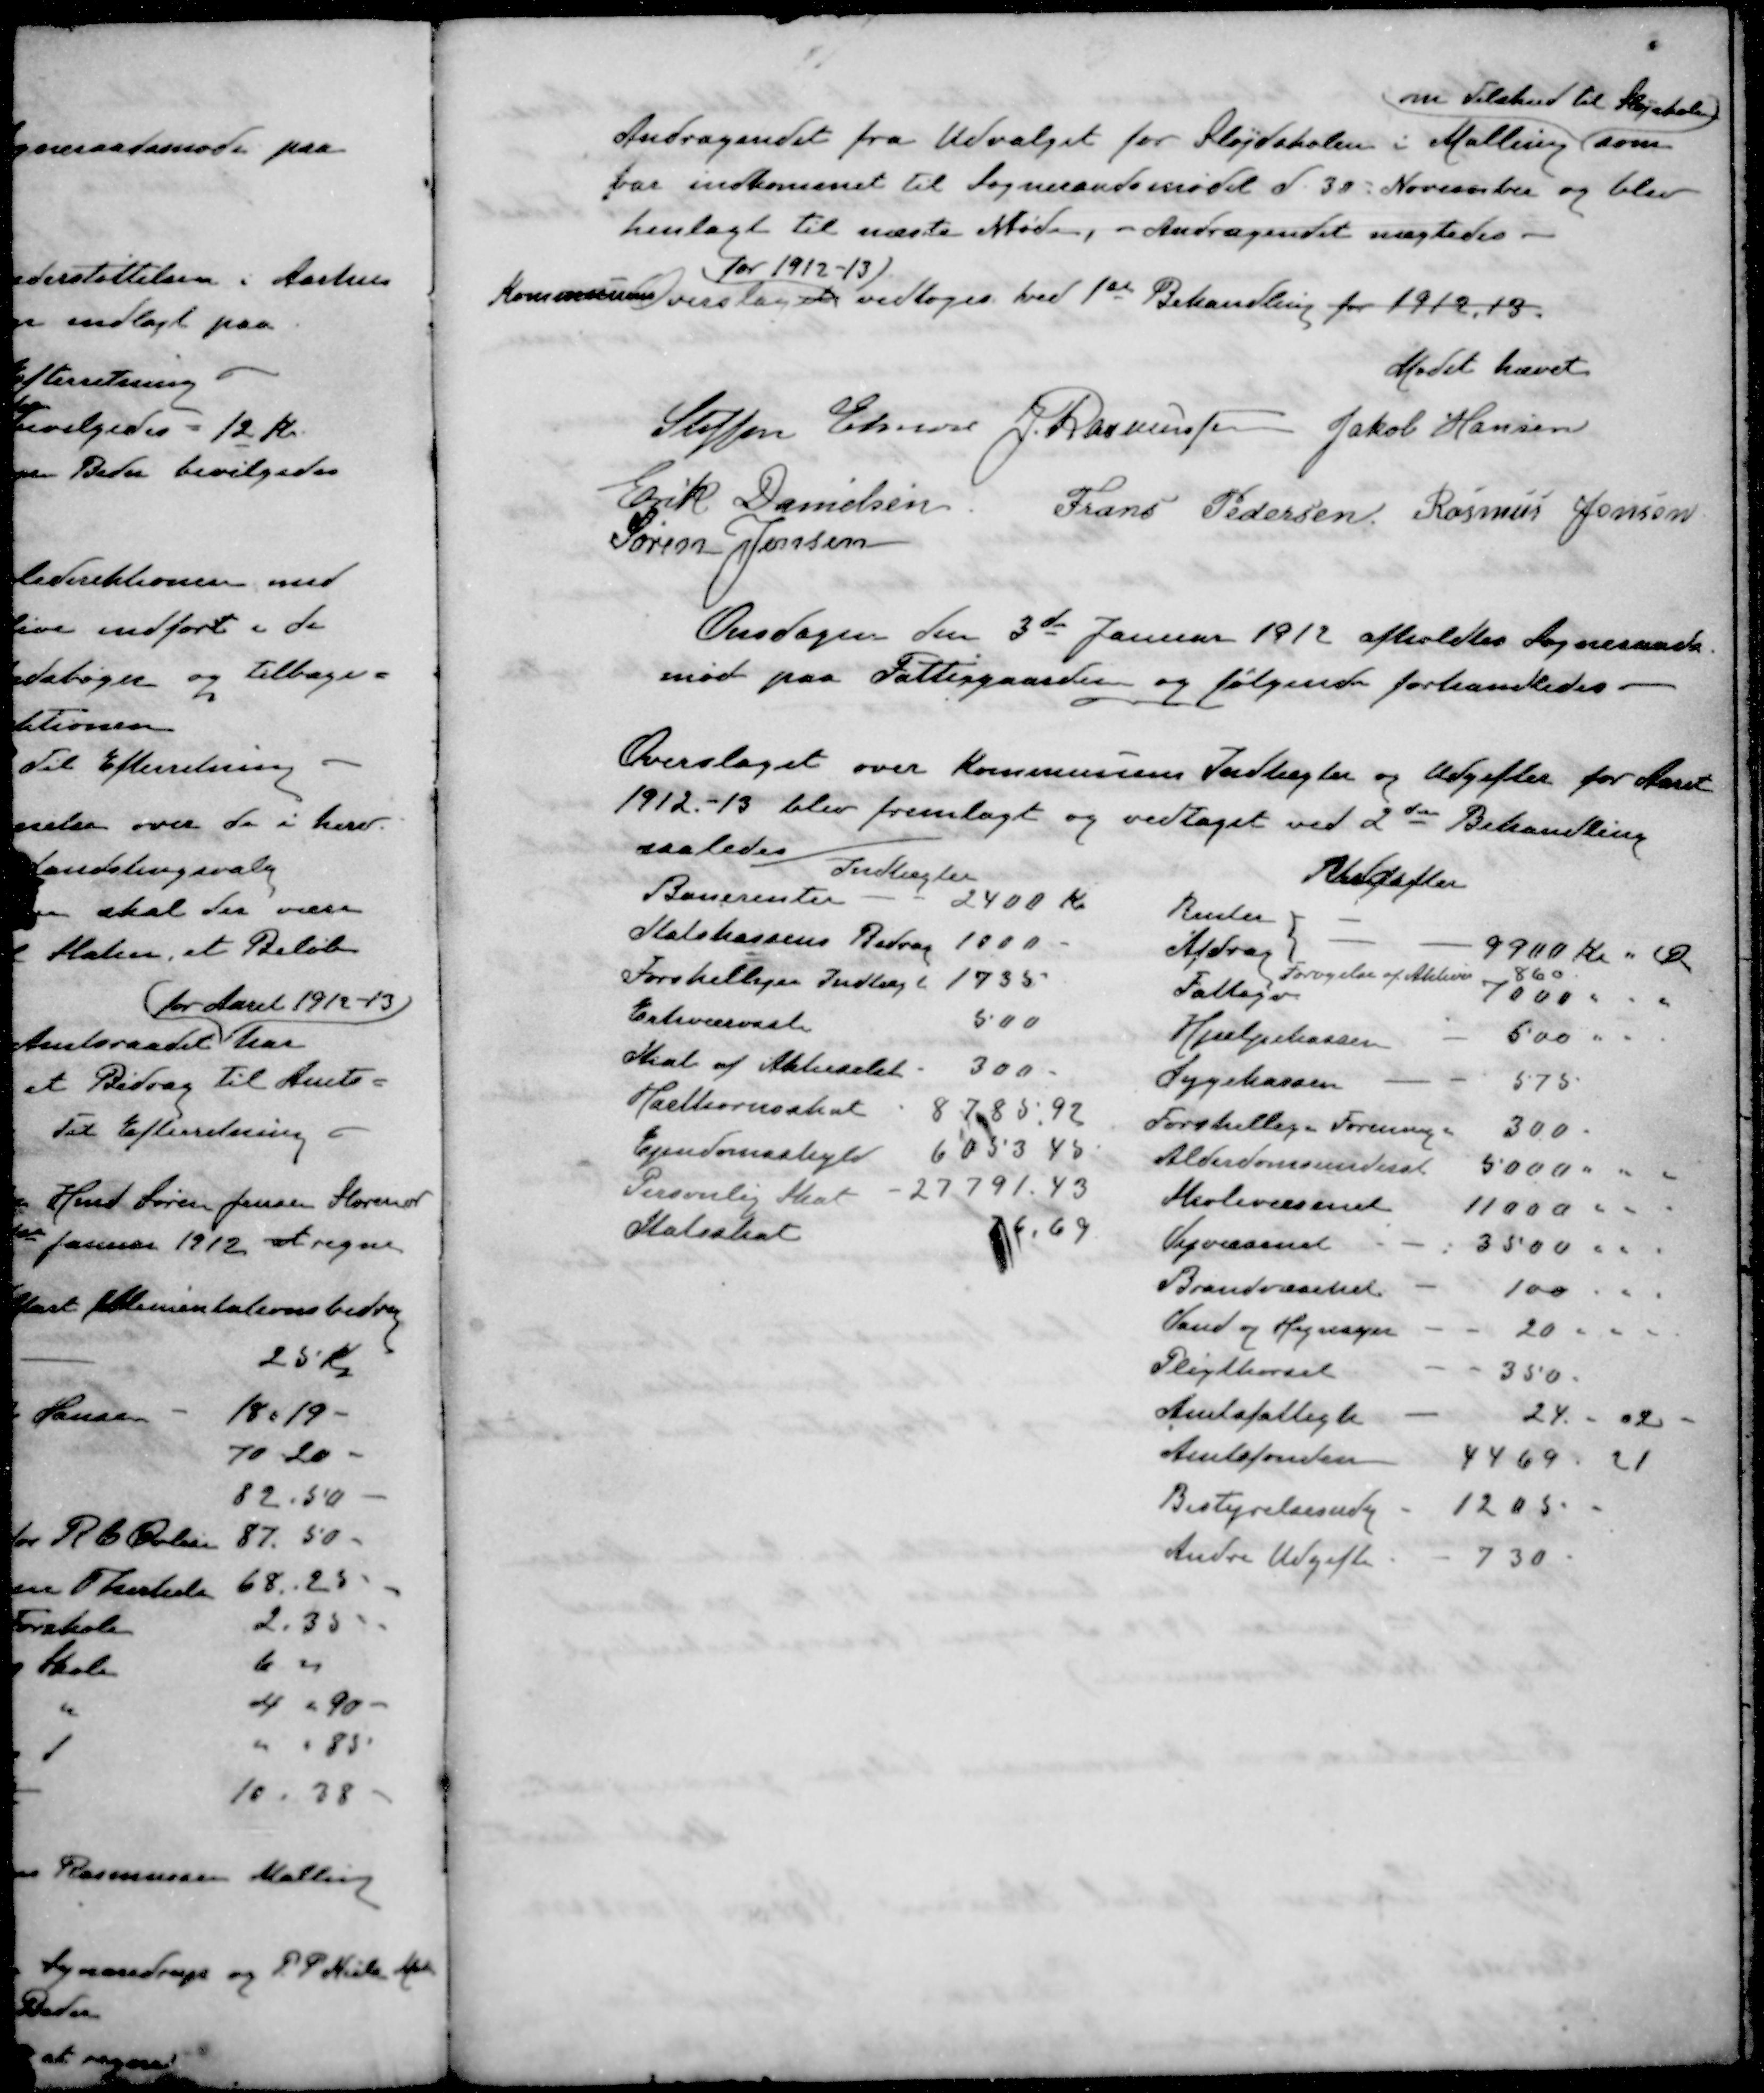
Transskription:
om Tilskud til Sløjskolen
Andragendet fra Udvalget for Sløjdskolen i Malling som
var indkommet til Sogneraadsmødet d. 30. November og blev
henlagt til næste Møde. - Andragendet nægtedes.
for 1912-13)
Kommunens Overslag vedtoges ved 1ste Behandling for 1912, 13
Mødet hævet
Steffen Elmose
J. Rasmussen
Jakob Hansen
Erik Danielsen
Frans Pedersen
Rasmus Jensen
Søren Jensen
Onsdagen den 3de Januar 1912 afholdtes Sogneraads-
møde paa Fattiggaarden og følgende forhandledes.
Overslaget over Kommunens Indtægter og Udgifter for Aaret
1912-13 blev fremlagt og vedtaget ved 2de Behandling
saaledes
Indtægter
Banerenter 2400 Kr.
Statskassens Bidrag 1000
Forskelliger Indtægt 1735
Erhvervssk 500
Skat af Aktieselsk 300
Hartkornsskat 8 785,92
Ejendomsskyld 6053,45
Personlig Skat 27791.43
Statsskat 76. 69
Udgifter
Renter
Afdrag
9900 Kr " Øre
Forøgelse af Aktiver 860
Fattigv 7000
Hjælpekassen 500
Sygekassen 575
Forskellige Foreninger 300.
Alderdomsunderst 5000
Skolevæsenet 11000
Vejvæsenet 3500
Brandvæsenet 100
Vand og Hegnsyn 20
Pligtkørsel 350
Amtsfattigk 24. " 04
Amtsfonden 4469 - 21
Bestyrelsesudg 1205
Andre Udgifter 730